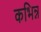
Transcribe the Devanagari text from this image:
कभिन्न